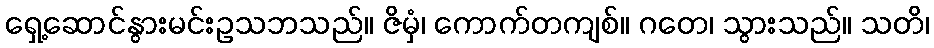
ရှေ့ဆောင်နွားမင်းဥသဘသည်။ ဇိမှံ၊ ကောက်တကျစ်။ ဂတေ၊ သွားသည်။ သတိ၊